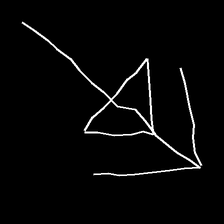
Glyph: pull